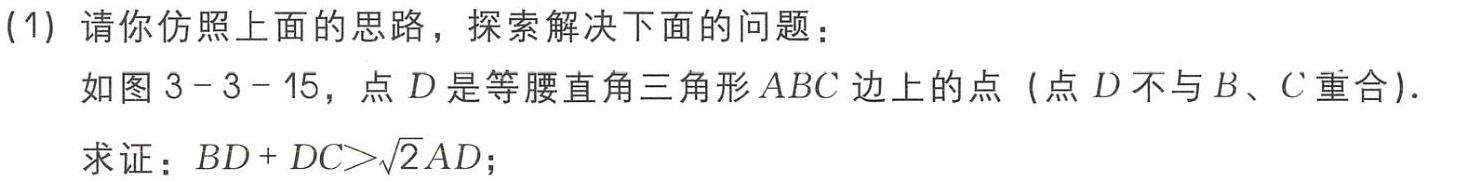
(1) 请你仿照上面的思路，探索解决下面的问题：

如图 3 - 3 - 15，点 \(D\) 是等腰直角三角形 \(ABC\) 边上的点（点 \(D\) 不与 \(B\)、\(C\) 重合）.

求证：\(BD + DC>\sqrt{2}AD\)；